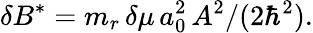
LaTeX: \delta B^{*}=m_{r}\, \delta\mu\, a_{0}^{2}\, A^{2}/(2\hbar^{2}).